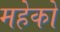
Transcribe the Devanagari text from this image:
महेको